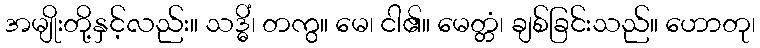
အမျိုးတို့နှင့်လည်း။ သဒ္ဓိံ၊ တကွ။ မေ၊ ငါ၏။ မေတ္တံ၊ ချစ်ခြင်းသည်။ ဟောတု၊